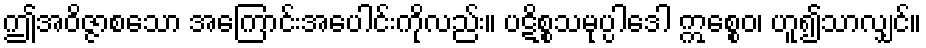
ဤအဝိဇ္ဇာစသော အကြောင်းအပေါင်းကိုလည်း။ ပဋိစ္စသမုပ္ပါဒေါ ဣစ္စေဝ၊ ဟူ၍သာလျှင်။